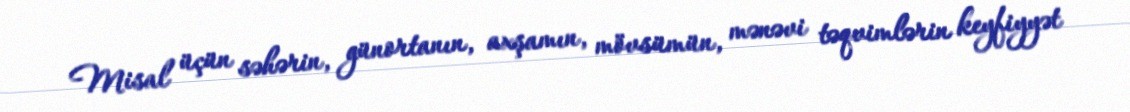
Misal üçün səhərin, günortanın, axşamın, mövsümün, mənəvi təqvimlərin keyfiyyət